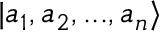
\vert a _ { 1 } , a _ { 2 } , . . . , a _ { n } \rangle